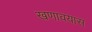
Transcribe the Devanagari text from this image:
खणावयास